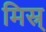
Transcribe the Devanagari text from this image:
मिस्र्